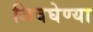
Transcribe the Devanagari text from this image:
जिवघेण्या